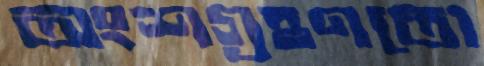
অংশগ্রহণতো